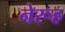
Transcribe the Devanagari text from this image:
नेरूह